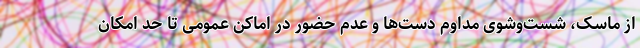
از ماسک، شست‌وشوی مداوم دست‌ها و عدم حضور در اماکن عمومی تا حد امکان